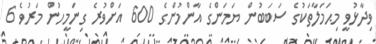
ވިދާޅުވީ މިޙަމަލާތަކުގެ ސަބަބުން ޔަމަންގެ އާންމުންގެ 600 އަށްވުރެ ގިނަމީހުން މަރުވެ 6